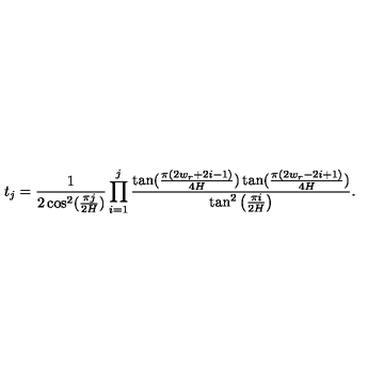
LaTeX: t _ { j } = \frac { 1 } { 2 \cos ^ { 2 } ( \frac { \pi j } { 2 H } ) } \prod _ { i = 1 } ^ { j } \frac { \tan ( \frac { \pi ( 2 w _ { r } + 2 i - 1 ) } { 4 H } ) \tan ( \frac { \pi ( 2 w _ { r } - 2 i + 1 ) } { 4 H } ) } { \tan ^ { 2 } \left( \frac { \pi i } { 2 H } \right) } .